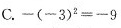
C.-(-3)^{2}=-9